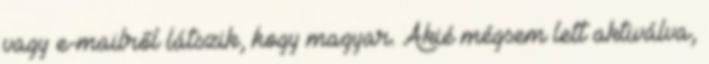
vagy e-mailről látszik, hogy magyar. Akié mégsem lett aktiválva,